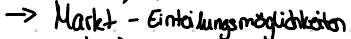
-> Markt-Einteilungsmöglichkeiten